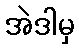
အဲဒါမှ